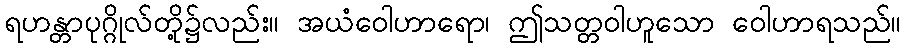
ရဟန္တာပုဂ္ဂိုလ်တို့၌လည်း။ အယံဝေါဟာရော၊ ဤသတ္တဝါဟူသော ဝေါဟာရသည်။